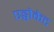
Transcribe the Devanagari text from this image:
एड्वोकेट